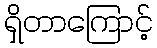
ရှိတာကြောင့်